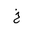
Letter: _kha